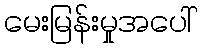
မေးမြန်းမှုအပေါ်